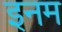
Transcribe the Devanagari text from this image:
इनम